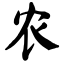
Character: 农